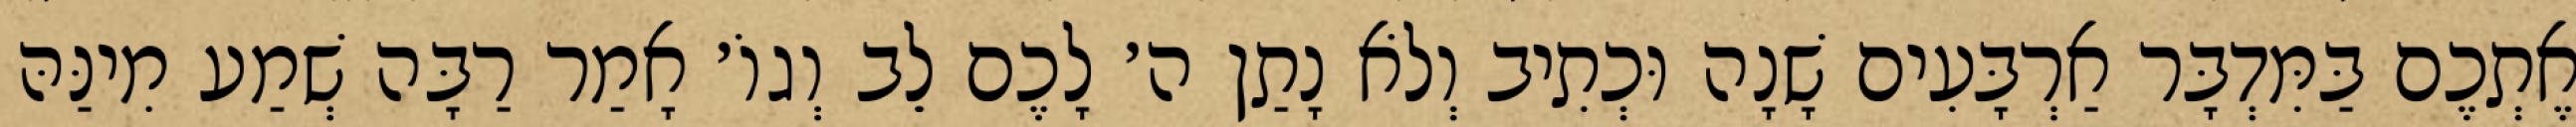
אֶתְכֶם בַּמִּדְבָּר אַרְבָּעִים שָׁנָה וּכְתִיב וְלֹא נָתַן ה׳ לָכֶם לֵב וְגוֹ׳ אָמַר רַבָּה שְׁמַע מִינַּהּ